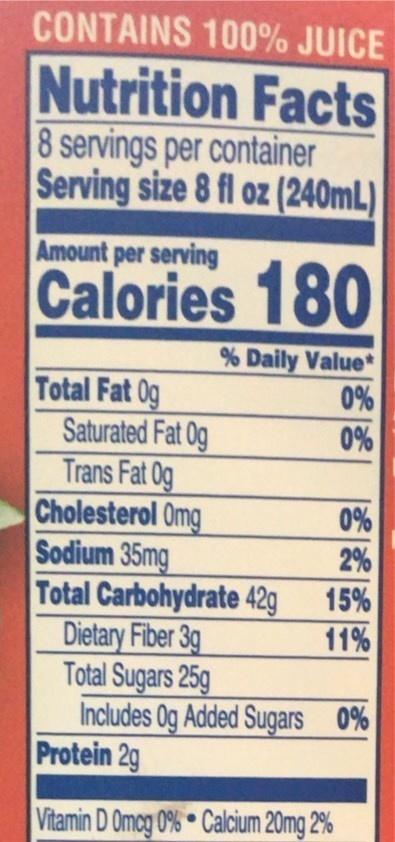
CONTAINS 100% JUICE
Nutrition Facts 8 servings per container Serving size 8 fl oz (240mL)
Amount per serving
Calories 180
% Daily Value* 0% 0%
Total Fat 0g Saturated Fat 0g Trans Fat Og Cholesterol Omg Sodium 35mg Total Carbohydrate 42g Dietary Fiber 3g Total Sugars 25g Includes Og Added Sugars 0% Protein 2g
0%
2%
15%
11%
Vitamin D Omcg 0% Calcium 20mg 2%